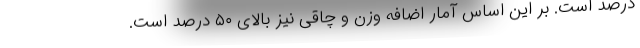
درصد است. بر این اساس آمار اضافه وزن و چاقی نیز بالای ۵۰ درصد است.